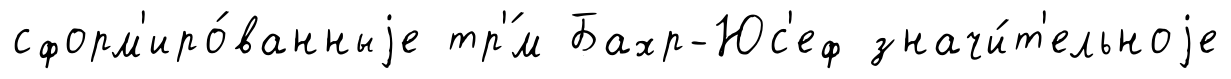
сформ'иро́ванныjе тр'́м Бахр-Юс'еф значи́т'ельноjе